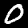
Digit: 0